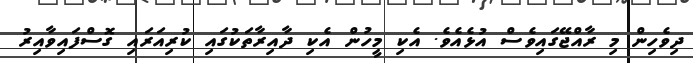
ދިވެހިން މި ރާއްޖޭގައިވެސް އުޅެއެވެ. އެކި މީހުން އެކި ދާއިރާތަކުގައި ކުރިއަރައި ގޮސްފައިވާއިރު